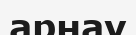
арнау